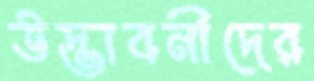
উদ্ভাবনীদের